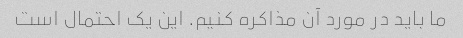
ما باید در مورد آن مذاکره کنیم. این یک احتمال است